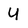
Character: U